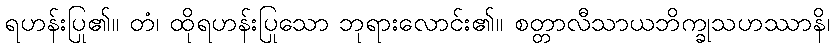
ရဟန်းပြု၏။ တံ၊ ထိုရဟန်းပြုသော ဘုရားလောင်း၏။ စတ္တာလီသာယဘိက္ခုသဟဿာနိ၊